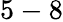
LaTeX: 5-8